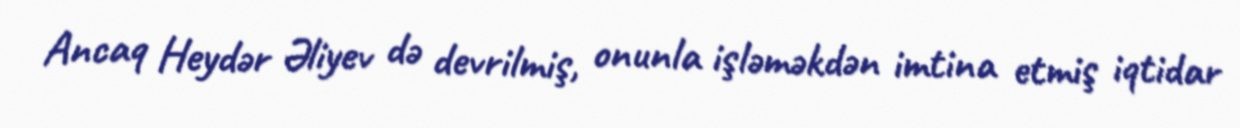
Ancaq Heydər Əliyev də devrilmiş, onunla işləməkdən imtina etmiş iqtidar